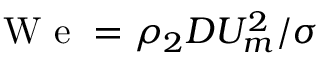
\displaystyle \mathrm { ~ W ~ e ~ } = \rho _ { 2 } D U _ { m } ^ { 2 } / \sigma